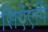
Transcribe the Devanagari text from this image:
सिऐएपि